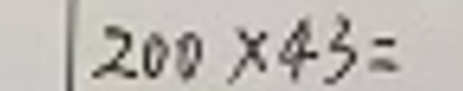
$200 \times 43 =$